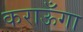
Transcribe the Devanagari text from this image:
कराऊँगा